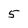
Character: 5